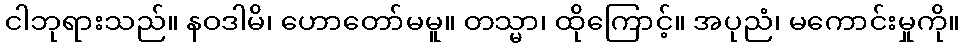
ငါဘုရားသည်။ နဝဒါမိ၊ ဟောတော်မမူ။ တသ္မာ၊ ထိုကြောင့်။ အပုညံ၊ မကောင်းမှုကို။